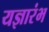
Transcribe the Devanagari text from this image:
यज्ञारंभ